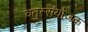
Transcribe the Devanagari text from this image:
चतुस्संयोजक